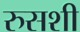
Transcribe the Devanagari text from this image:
रुसशी